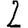
Digit: 2